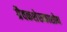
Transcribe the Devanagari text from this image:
ग्रैवकशेरुकाशोथ